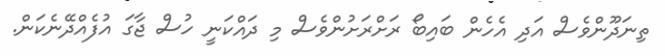
ތިނަދޫންވެސް އަދި އެހެން ބައިބޯ ރަށްރަށުންވެސް މި ދައްކަނީ ހުސް ޖާގަ އުފެއްދޭނެކަން.